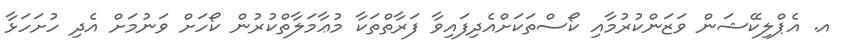
އ. އެޕްލިކޭޝަން ވަޒަންކުރުމާއި ކޯސްތަކަށްއެދިފައިވާ ފަރާތްތަކާ މުޢާމަލާތްކުރުން ކޯހަށް ވަނުމަށް އެދި ހުށަހަޅާ